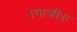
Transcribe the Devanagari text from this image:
।गाजीपुर